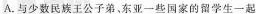
A.与少数民族王公子弟，东亚-些国家的留学生一起